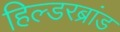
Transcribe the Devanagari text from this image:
हिल्डरब्रांड